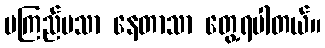
မကြည်မသာ နေတာသာ တွေ့ရပါတယ်။